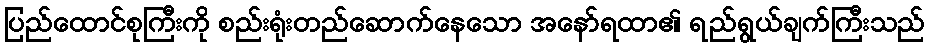
ပြည်ထောင်စုကြီးကို စည်းရုံးတည်ဆောက်နေသော အနော်ရထာ၏ ရည်ရွယ်ချက်ကြီးသည်